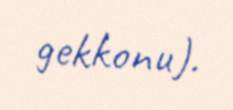
gekkonu).